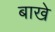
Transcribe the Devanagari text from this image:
बाखे